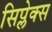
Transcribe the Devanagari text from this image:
सिप्लेक्स